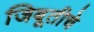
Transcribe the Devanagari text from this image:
जिबूतीचे